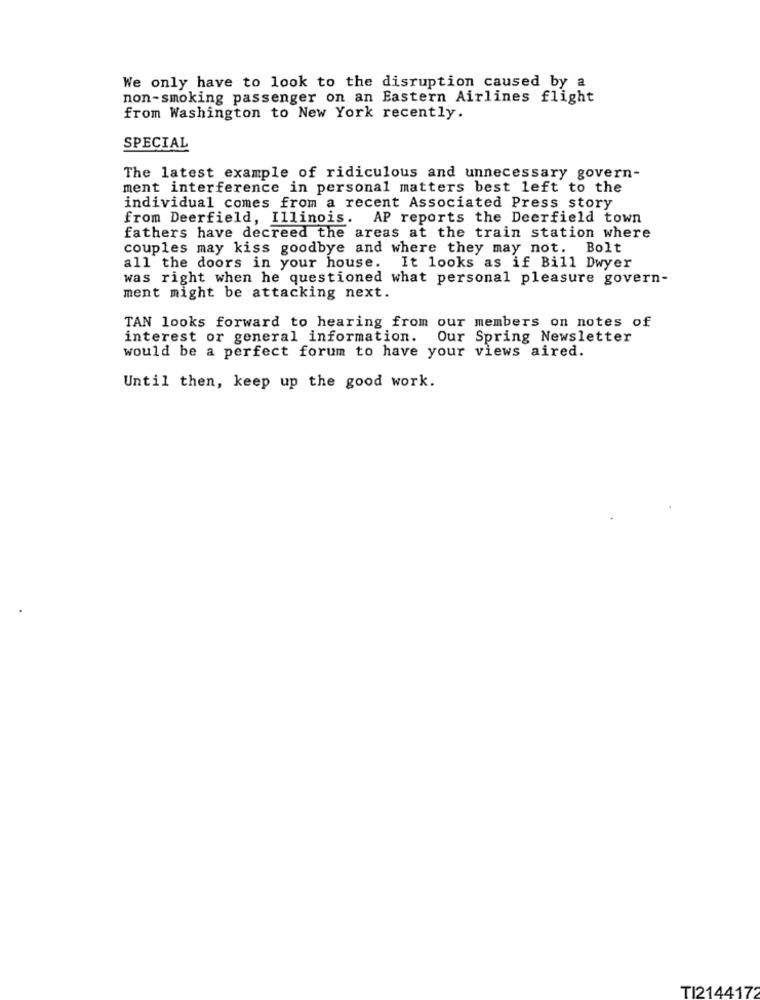
We only have to look to the disruption caused by a
non-smoking passenger on an Eastern Airlines flight
from Washington to New York recently.
SPECIAL
The latest example of ridiculous and unnecessary govern-
ment interference in personal matters best left to the
individual comes from a recent Associated Press story
from Deerfield, Illinois. AP reports the Deerfield town
fathers have decreed the areas at the train station where
couples may kiss goodbye and where they may not. Bolt
all the doors in your house. It looks as if Bill Dwyer
was right when he questioned what personal pleasure govern-
ment might be attacking next.
TAN looks forward to hearing from our members on notes of
interest or general information.
Our Spring Newsletter
would be a perfect forum to have your views aired.
Until then, keep up the good work.
TI2144172